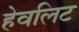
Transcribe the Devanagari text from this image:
हेवलिट